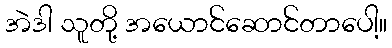
အဲဒါ သူတို့ အယောင်ဆောင်တာပေါ့။